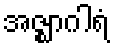
အဇ္ဈာဂါရံ